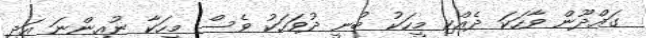
ގައްދޫން ވާހަކަ ދެއްކި މީހަކު ބުނީ ދުވަހަކު ވެސް މީހަކާ ނުއިންނަ އަދި